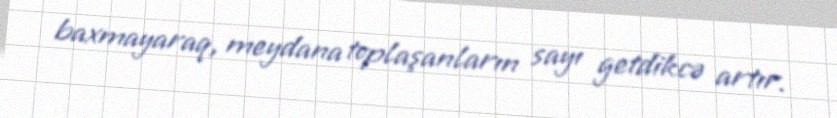
baxmayaraq, meydana toplaşanların sayı getdikcə artır.